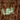
بما